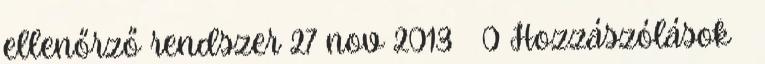
ellenőrző rendszer 27 nov 2013 0 Hozzászólások